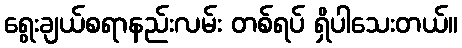
ရွေးချယ်စရာနည်းလမ်း တစ်ရပ် ရှိပါသေးတယ်။